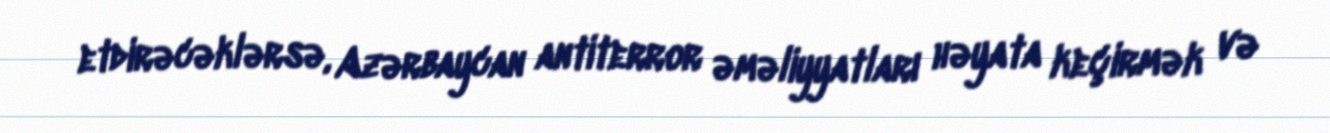
etdirəcəklərsə, Azərbaycan antiterror əməliyyatları həyata keçirmək və